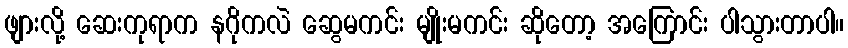
ဖျားလို့ ဆေးကုရာက နဂိုကလဲ ဆွေမကင်း မျိုးမကင်း ဆိုတော့ အကြောင်း ပါသွားတာပါ။